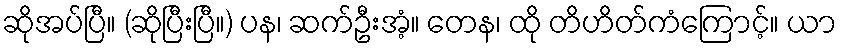
ဆိုအပ်ပြီ။ (ဆိုပြီးပြီ။) ပန၊ ဆက်ဦးအံ့။ တေန၊ ထို တိဟိတ်ကံကြောင့်။ ယာ